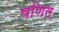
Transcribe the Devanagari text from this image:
वणित